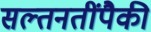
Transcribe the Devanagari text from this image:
सल्तनतींपैकी